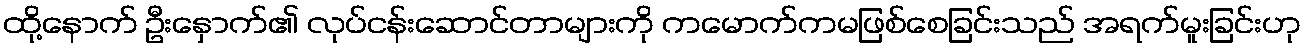
ထို့နောက် ဦးနှောက်၏ လုပ်ငန်းဆောင်တာများကို ကမောက်ကမဖြစ်စေခြင်းသည် အရက်မူးခြင်းဟု